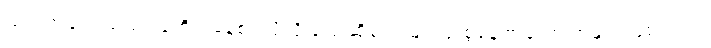
ယင်းအချက်သည် လူတိုင်းနေ့စဉ်လိုလို ပြောဆိုတွေ့မြင်သုံးစွဲနေကြသော အချက်ဖြစ်သည်။